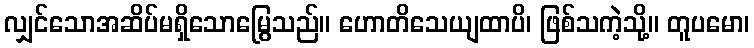
လျှင်သောအဆိပ်မရှိသောမြွေသည်။ ဟောတိသေယျထာပိ၊ ဖြစ်သကဲ့သို့။ တူပမော၊